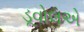
ડૂવોલએ